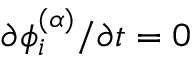
\partial \phi _ { i } ^ { ( \alpha ) } / \partial t = 0